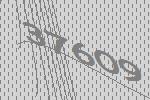
37609